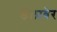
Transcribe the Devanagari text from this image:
डॅलावेर